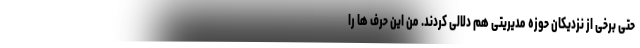
حتی برخی از نزدیکان حوزه مدیریتی هم دلالی کردند. من این حرف ها را